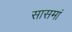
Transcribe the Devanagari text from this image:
सासमां